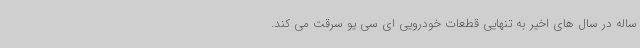
ساله در سال های اخیر به تنهایی قطعات خودرویی ای سی یو سرقت می کند.